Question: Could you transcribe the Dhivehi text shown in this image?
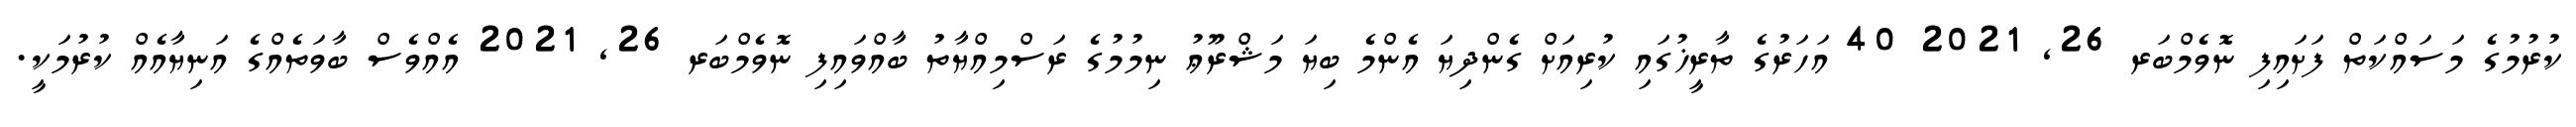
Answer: ކުރުމުގެ މަސައްކަތް ފަށައިފި ނޮވެމްބަރ 26, 2021 40 އަހަރުގެ ތާރީޚުގައި ކުރިއަށް ގެންދިޔަ އެންމެ ބިޔަ މަޝްރޫޢު ނިމުމުގެ ރަސްމިއްޔާތު ބާއްވައިފި ނޮވެމްބަރ 26, 2021 އެއްވެސް ބާވަތެއްގެ އަނިޔާއެއް ކުރުމަކީ.